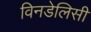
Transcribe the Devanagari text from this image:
विनडेलिसी